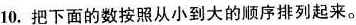
10.把下面的数按照从小到大的顺序排列起来。